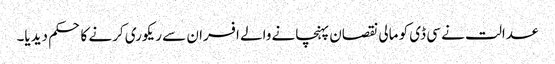
عدالت نے سی ڈی کو مالی نقصان پہنچانے والے افسران سے ریکوری کرنے کا حکم دیدیا۔